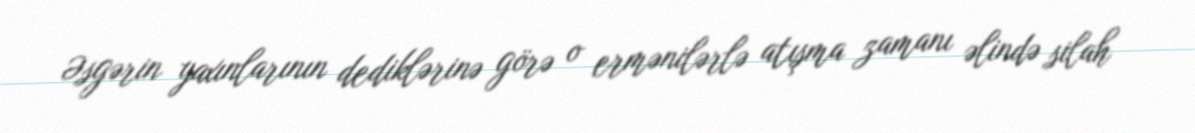
Əsgərin yaxınlarının dediklərinə görə o ermənilərlə atışma zamanı əlində silah